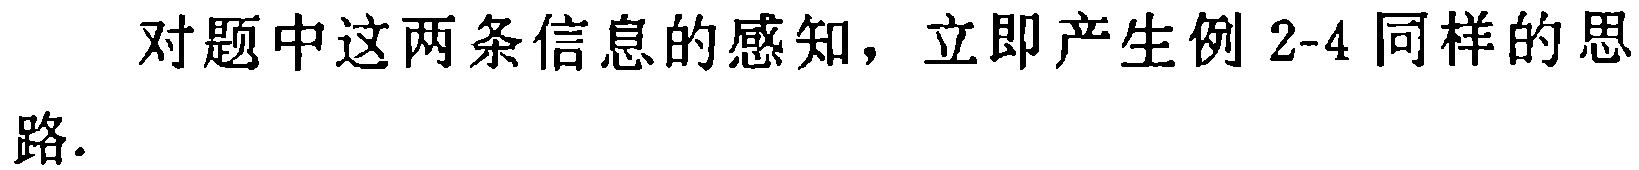
对题中这两条信息的感知，立即产生例 2-4 同样的思路.